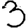
Digit: 3